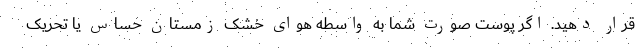
قرار دهید. اگر پوست صورت شما به واسطه هوای خشک زمستان حساس یا تحریک